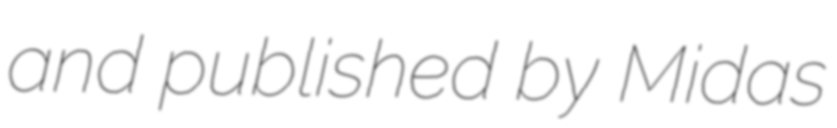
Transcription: and published by Midas